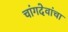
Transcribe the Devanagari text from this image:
चांगदेवांचा